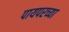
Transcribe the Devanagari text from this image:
पायपरच्या